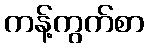
ကန့်ကွက်စာ